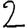
Digit: 2